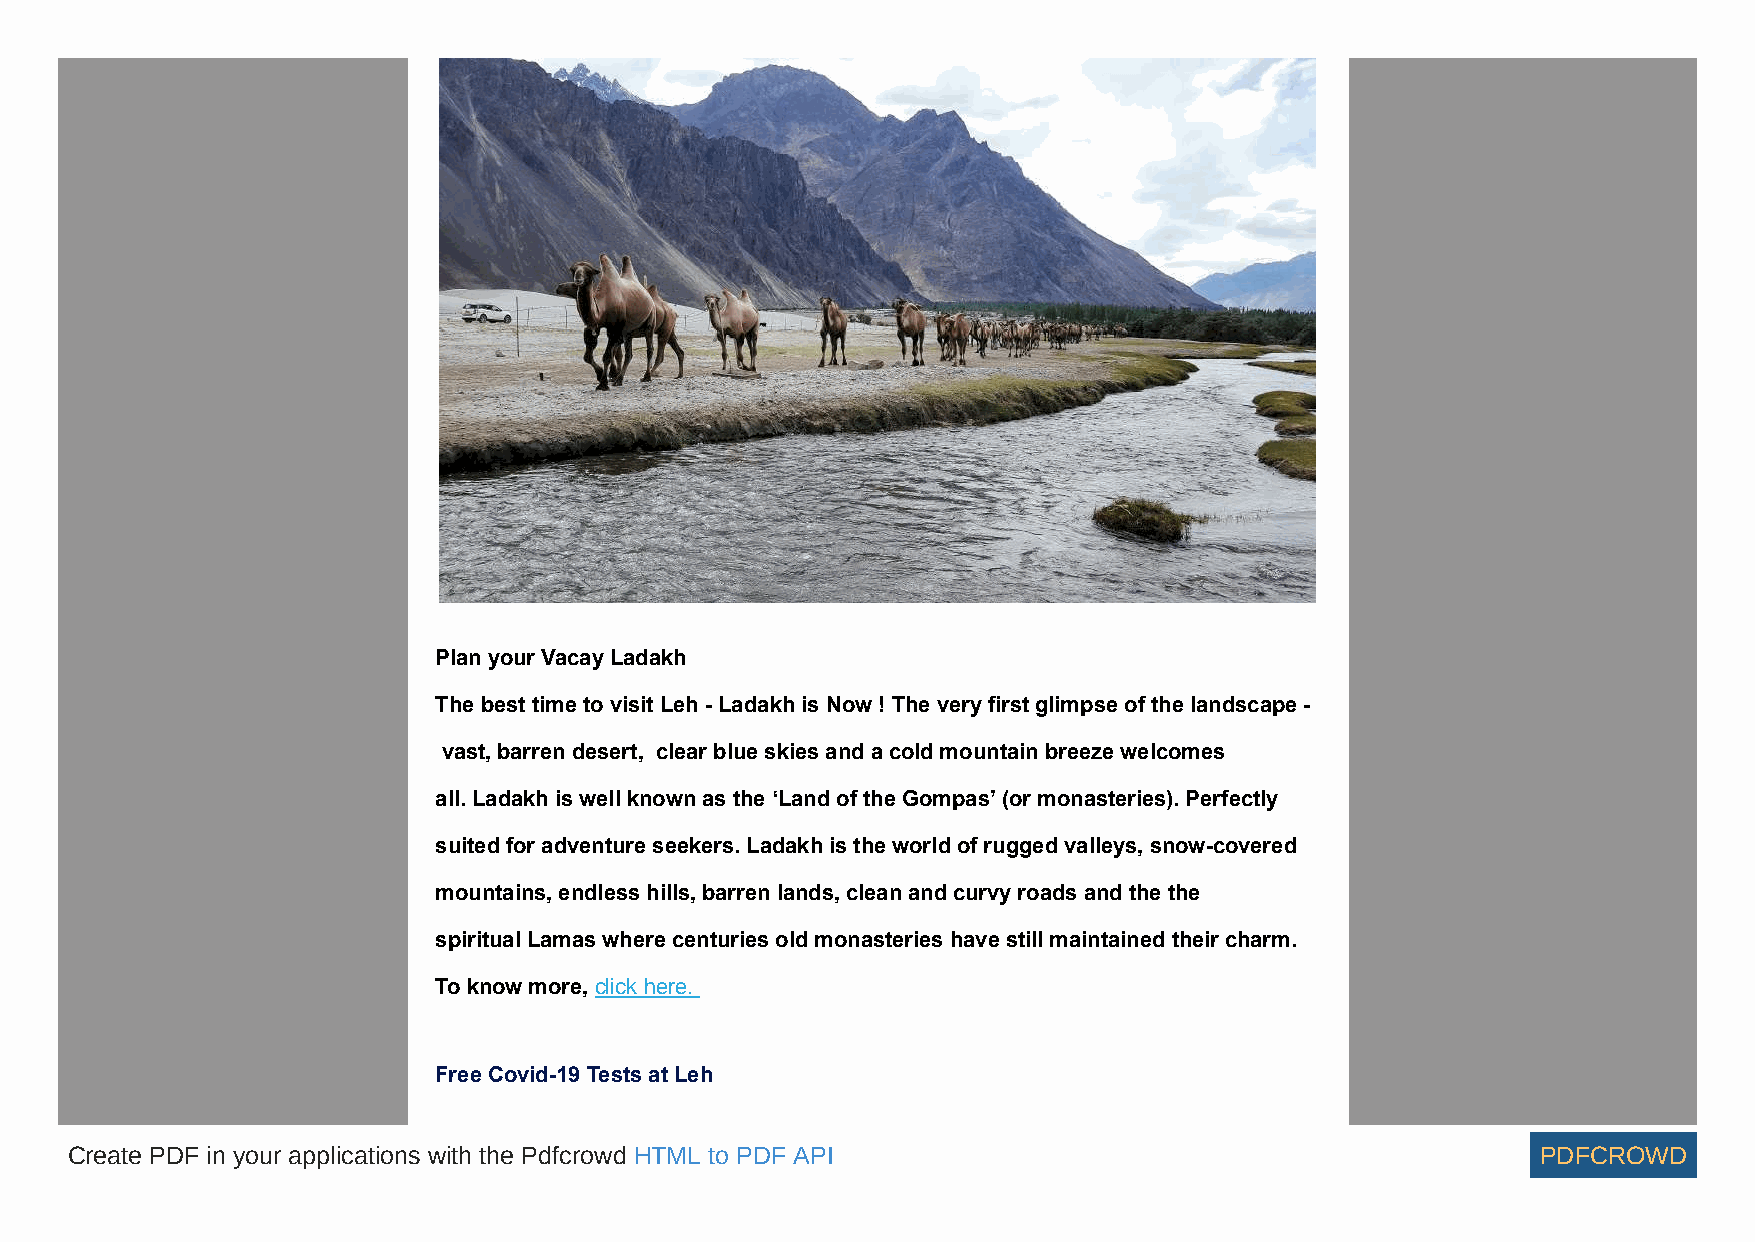
Plan your Vacay Ladakh
 The best time to visit Leh - Ladakh is Now ! The very first glimpse of the landscape -
 vast, barren desert, clear blue skies and a cold mountain breeze welcomes
 all. Ladakh is well known as the ‘Land of the Gompas’ (or monasteries). Perfectly
 suited for adventure seekers. Ladakh is the world of rugged valleys, snow-covered
 mountains, endless hills, barren lands, clean and curvy roads and the the
 spiritual Lamas where centuries old monasteries have still maintained their charm.
 To know more, click here.
 Free Covid-19 Tests at Leh
 Create PDF in your applications with the Pdfcrowd HTML to PDF API                                 PDFCROWD